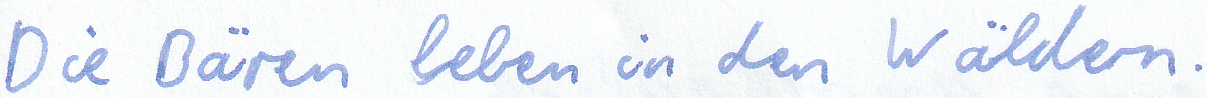
Die Bären leben in den Wäldern.